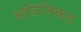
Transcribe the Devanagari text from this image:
अतिनिकट